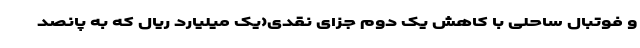
و فوتبال ساحلی با کاهش یک دوم جزای نقدی(یک میلیارد ریال که به پانصد